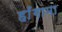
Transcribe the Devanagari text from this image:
हाँगामा